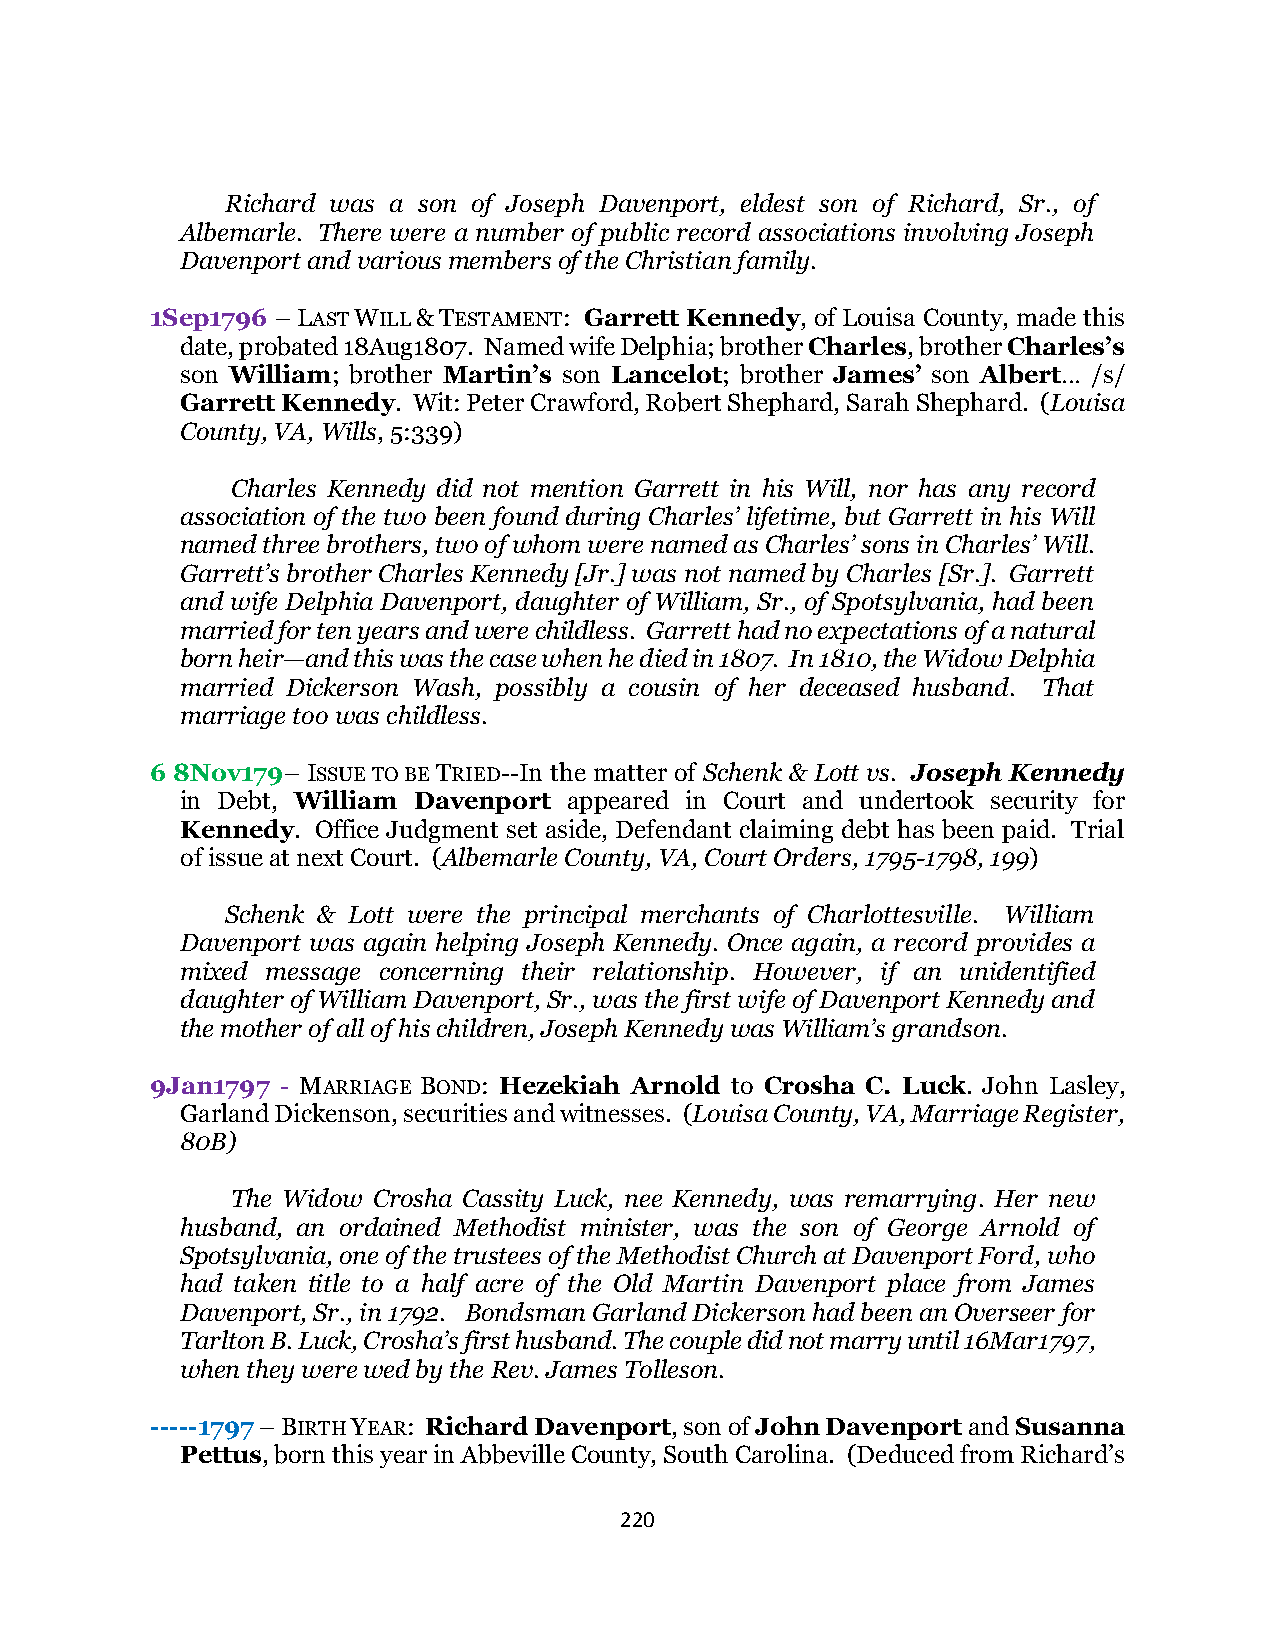
Richard was a son of Joseph Davenport, eldest son of Richard, Sr., of
 Albemarle. There were a number of public record associations involving Joseph
 Davenport and various members of the Christian family.
 1Sep1796 – LAST WILL & TESTAMENT: Garrett Kennedy, of Louisa County, made this
 date, probated 18Aug1807. Named wife Delphia; brother Charles, brother Charles’s
 son William; brother Martin’s son Lancelot; brother James’ son Albert… /s/
 Garrett Kennedy. Wit: Peter Crawford, Robert Shephard, Sarah Shephard. (Louisa
 County, VA, Wills, 5:339)
 Charles Kennedy did not mention Garrett in his Will, nor has any record
 association of the two been found during Charles’ lifetime, but Garrett in his Will
 named three brothers, two of whom were named as Charles’ sons in Charles’ Will.
 Garrett’s brother Charles Kennedy [Jr.] was not named by Charles [Sr.]. Garrett
 and wife Delphia Davenport, daughter of William, Sr., of Spotsylvania, had been
 married for ten years and were childless. Garrett had no expectations of a natural
 born heir—and this was the case when he died in 1807. In 1810, the Widow Delphia
 married Dickerson Wash, possibly a cousin of her deceased husband. That
 marriage too was childless.
 6 8Nov179– ISSUE TO BE TRIED--In the matter of Schenk & Lott vs. Joseph Kennedy
 in Debt, William Davenport appeared in Court and undertook security for
 Kennedy. Office Judgment set aside, Defendant claiming debt has been paid. Trial
 of issue at next Court. (Albemarle County, VA, Court Orders, 1795-1798, 199)
 Schenk & Lott were the principal merchants of Charlottesville. William
 Davenport was again helping Joseph Kennedy. Once again, a record provides a
 mixed message concerning their relationship. However, if an unidentified
 daughter of William Davenport, Sr., was the first wife of Davenport Kennedy and
 the mother of all of his children, Joseph Kennedy was William’s grandson.
 9Jan1797 - MARRIAGE BOND: Hezekiah Arnold to Crosha C. Luck. John Lasley,
 Garland Dickenson, securities and witnesses. (Louisa County, VA, Marriage Register,
 80B)
 The Widow Crosha Cassity Luck, nee Kennedy, was remarrying. Her new
 husband, an ordained Methodist minister, was the son of George Arnold of
 Spotsylvania, one of the trustees of the Methodist Church at Davenport Ford, who
 had taken title to a half acre of the Old Martin Davenport place from James
 Davenport, Sr., in 1792. Bondsman Garland Dickerson had been an Overseer for
 Tarlton B. Luck, Crosha’s first husband. The couple did not marry until 16Mar1797,
 when they were wed by the Rev. James Tolleson.
 -----1797 – BIRTH YEAR: Richard Davenport, son of John Davenport and Susanna
 Pettus, born this year in Abbeville County, South Carolina. (Deduced from Richard’s
 220